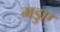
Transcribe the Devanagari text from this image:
मडुए